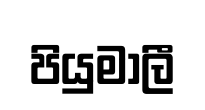
පියුමාලී